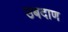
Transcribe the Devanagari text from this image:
उबदाण